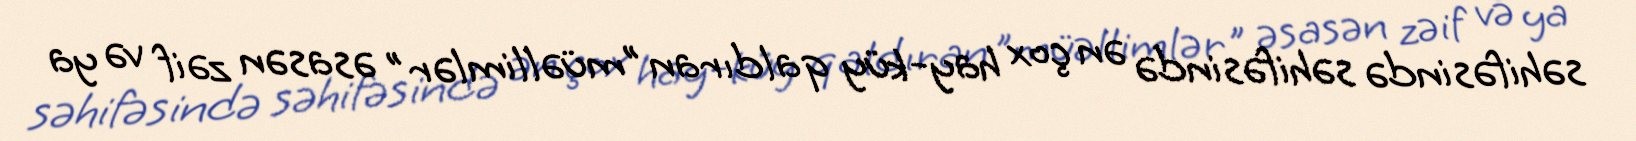
səhifəsində səhifəsində ən çox hay-küy qaldıran "müəllimlər" əsasən zəif və ya